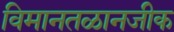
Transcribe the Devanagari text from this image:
विमानतळानजीक